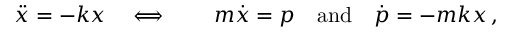
\ddot { x } = - k x \quad \Longleftrightarrow \qquad m \dot { x } = p \quad \mathrm { a n d } \quad \dot { p } = - m k x \, ,